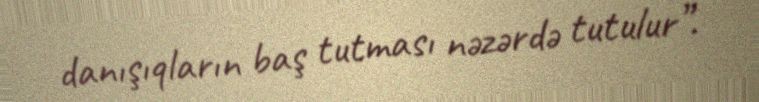
danışıqların baş tutması nəzərdə tutulur”.